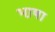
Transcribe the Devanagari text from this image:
भा़षा